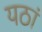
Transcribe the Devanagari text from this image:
यठां